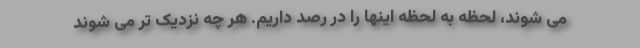
می شوند، لحظه به لحظه اینها را در رصد داریم. هر چه نزدیک تر می شوند